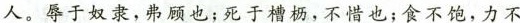
人。辱于奴隶，弗顾也；死于槽，不普也；食不饱，力不